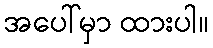
အပေါ်မှာ ထားပါ။